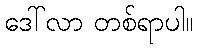
ဒေါ်လာ တစ်ရာပါ။